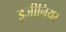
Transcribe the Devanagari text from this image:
इजीनियर